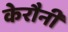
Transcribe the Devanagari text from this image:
केरौनी